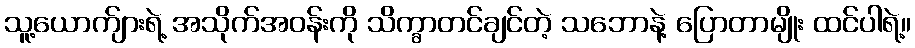
သူ့ယောက်ျားရဲ့ အသိုက်အဝန်းကို သိက္ခာတင်ချင်တဲ့ သဘောနဲ့ ပြောတာမျိုး ထင်ပါရဲ့။